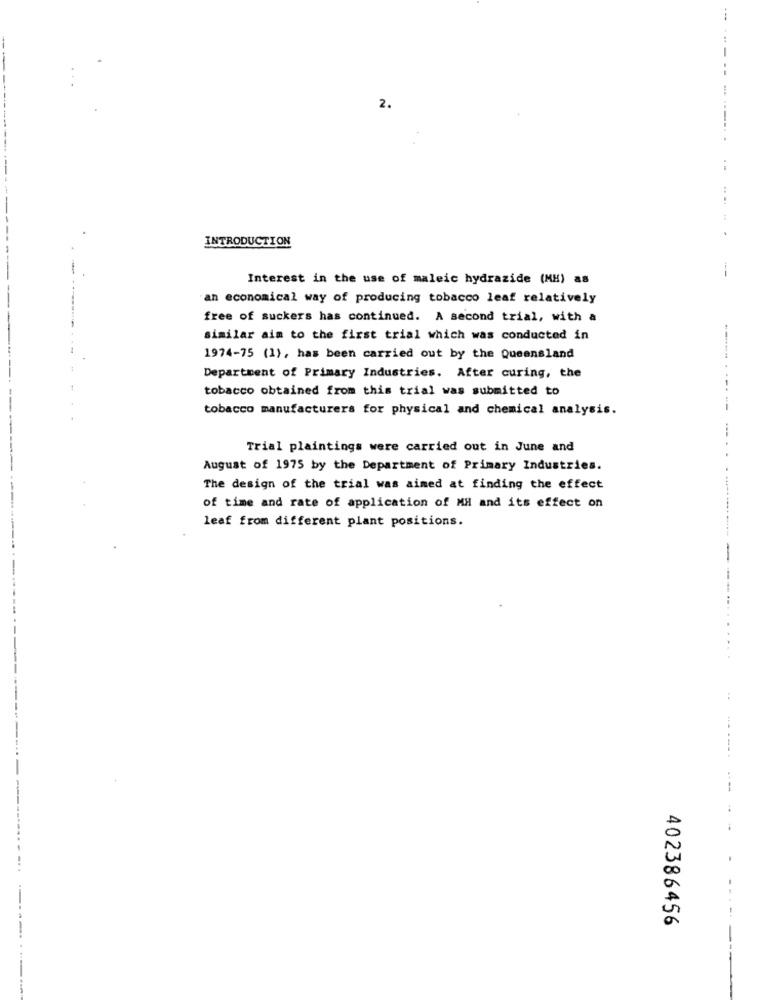
--
..
2.
INTRODUCTION
Interest in the use of maleic hydrazide (MH) as
an economical way of producing tobacco leaf relatively
free of suckers has continued. A second trial, with a
similar aim to the first trial which was conducted in
1974-75 (1), has been carried out by the Queensland
Department of Primary Industries. After curing, the
tobacco obtained from this trial was submitted to
tobacco manufacturers for physical and chemical analysis.
Trial plaintings were carried out in June and
August of 1975 by the Department of Primary Industries.
The design of the trial was aimed at finding the effect
of time and rate of application of MH and its effect on
leaf from different plant positions.
-
--
402386456